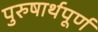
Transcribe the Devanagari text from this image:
पुरुषार्थपूर्ण